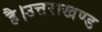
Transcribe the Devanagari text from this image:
है।उत्तराखण्ड